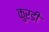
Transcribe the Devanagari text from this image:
कुरडी